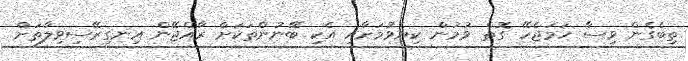
ތިބެގެން ވިސާ ހަމަޖެހޭ ގޮތް ވުމުން ކިޔެވުމަށާއި އެކި ބޭނުންތަކަށް ރާއްޖޭން އިނގިރޭސިވިލާތަށް